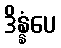
ဒိန္နံပေ